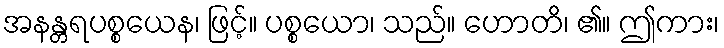
အနန္တရပစ္စယေန၊ ဖြင့်။ ပစ္စယော၊ သည်။ ဟောတိ၊ ၏။ ဤကား၊